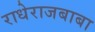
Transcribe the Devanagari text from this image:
राधेराजबाबा